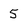
Character: 5